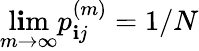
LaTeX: \operatorname*{l\mathbf{i}m}_{m\to\infty}p_{\mathbf{i}j}^{(m)}=1/N